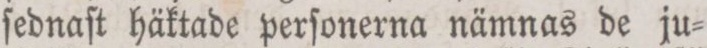
ſednaſt häktade perſonerna nämnas de ju=